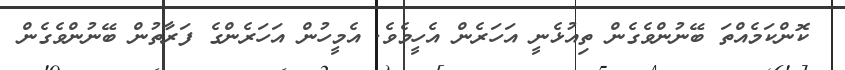
ކޮންކަމެއްތަ ބޭނުންވެގެން ތިއުޅެނީ އަހަރެން އެހީމެވެ. އެމީހުން އަހަރެންގެ ފަރާތުން ބޭނުންވެގެން